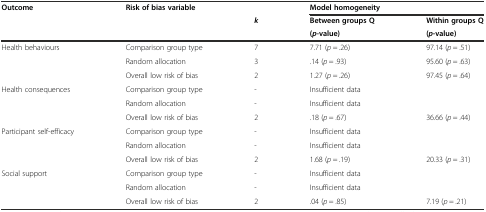
<table><thead><tr><td rowspan="3"><b>Outcome</b></td><td rowspan="3"><b>Risk of bias variable</b></td><td></td><td colspan="2"><b>Model homogeneity</b></td></tr><tr><td rowspan="2"><b><i>k</i></b></td><td><b>Between groups Q</b></td><td><b>Within groups Q</b></td></tr><tr><td><b>(<i>p</i>-value)</b></td><td><b>(<i>p</i>-value)</b></td></tr></thead><tbody><tr><td rowspan="3">Health behaviours</td><td>Comparison group type</td><td>7</td><td>7.71 (<i>p</i> = .26)</td><td>97.14 (<i>p</i> = .51)</td></tr><tr><td>Random allocation</td><td>3</td><td>.14 (<i>p</i> = .93)</td><td>95.60 (<i>p</i> = .63)</td></tr><tr><td>Overall low risk of bias</td><td>2</td><td>1.27 (<i>p</i> = .26)</td><td>97.45 (<i>p</i> = .64)</td></tr><tr><td rowspan="3">Health consequences</td><td>Comparison group type</td><td>-</td><td colspan="2">Insufficient data</td></tr><tr><td>Random allocation</td><td>-</td><td colspan="2">Insufficient data</td></tr><tr><td>Overall low risk of bias</td><td>2</td><td>.18 (<i>p</i> = .67)</td><td>36.66 (<i>p</i> = .44)</td></tr><tr><td rowspan="3">Participant self-efficacy</td><td>Comparison group type</td><td>-</td><td colspan="2">Insufficient data</td></tr><tr><td>Random allocation</td><td>-</td><td colspan="2">Insufficient data</td></tr><tr><td>Overall low risk of bias</td><td>2</td><td>1.68 (<i>p</i> = .19)</td><td>20.33 (<i>p</i> = .31)</td></tr><tr><td rowspan="3">Social support</td><td>Comparison group type</td><td>-</td><td colspan="2">Insufficient data</td></tr><tr><td>Random allocation</td><td>-</td><td colspan="2">Insufficient data</td></tr><tr><td>Overall low risk of bias</td><td>2</td><td>.04 (<i>p</i> = .85)</td><td>7.19 (<i>p</i> = .21)</td></tr></tbody></table>